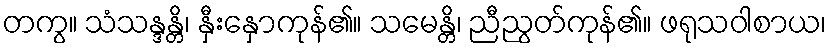
တကွ။ သံသန္ဒန္တိ၊ နှီးနှောကုန်၏။ သမေန္တိ၊ ညီညွတ်ကုန်၏။ ဖရုသဝါစာယ၊